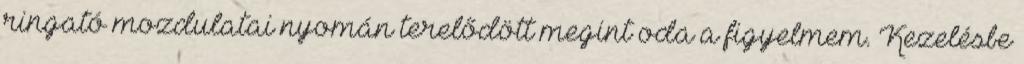
ringató mozdulatai nyomán terelődött megint oda a figyelmem. Kezelésbe